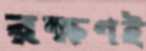
রক্ষণই